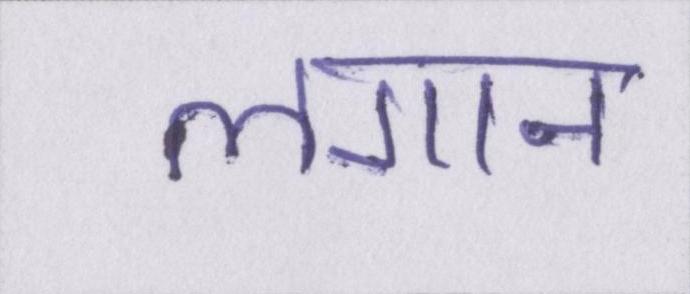
लगान